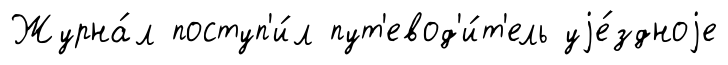
Журна́л поступ'и́л пут'евод'и́т'ель уjе́здноjе